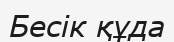
Бесік құда